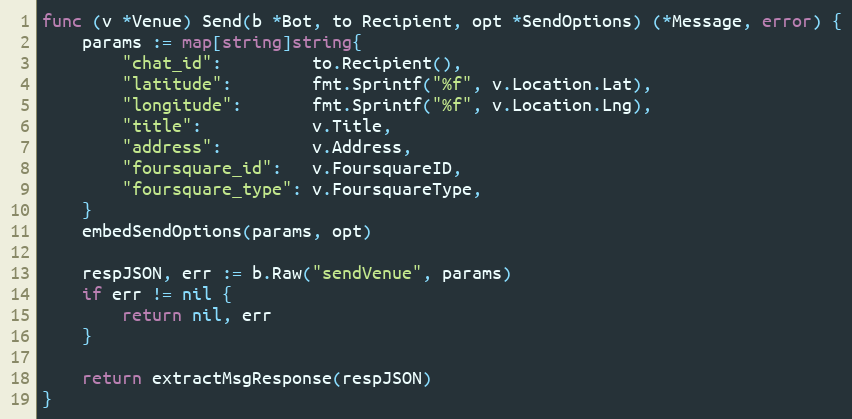
Language: Go
func (v *Venue) Send(b *Bot, to Recipient, opt *SendOptions) (*Message, error) {
	params := map[string]string{
		"chat_id":         to.Recipient(),
		"latitude":        fmt.Sprintf("%f", v.Location.Lat),
		"longitude":       fmt.Sprintf("%f", v.Location.Lng),
		"title":           v.Title,
		"address":         v.Address,
		"foursquare_id":   v.FoursquareID,
		"foursquare_type": v.FoursquareType,
	}
	embedSendOptions(params, opt)

	respJSON, err := b.Raw("sendVenue", params)
	if err != nil {
		return nil, err
	}

	return extractMsgResponse(respJSON)
}